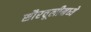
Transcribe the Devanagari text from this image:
सौरचूलीमध्ये